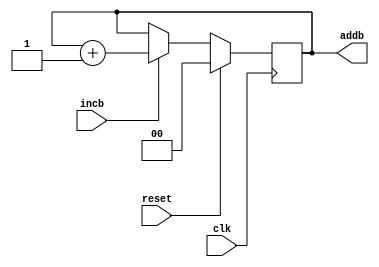
module countb(incb,reset,clk,addb);
input incb,reset,clk;
output[1:0] addb;
reg[1:0] addb;
always@ (posedge clk)
begin
if (reset)
addb <= 2'b00;
else if(incb)
addb <= addb+1;
end
endmodule